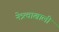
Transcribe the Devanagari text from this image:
नेत्र्त्वाखाली